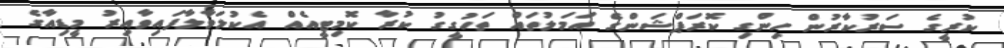
ކުރީގެ ސަރުކާރުން ހިންގި ކޮރަޕްޝަންގެ އަމަލުތައް ތަހުގީގު ކުރާ ކޮމިޓީއެއް އެކުލަވާލާފައިވާއިރު މީޑިއާގެ